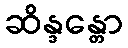
ဆိန္ဒန္တော